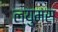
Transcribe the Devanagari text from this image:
ल्युमस